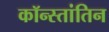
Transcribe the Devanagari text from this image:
कॉन्स्तांतिन